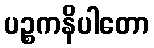
ပဉ္စကနိပါတော